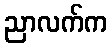
ညာလက်က